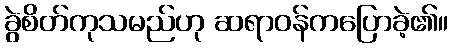
ခွဲစိတ်ကုသမည်ဟု ဆရာဝန်ကပြောခဲ့၏။